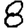
Digit: 8